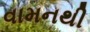
વામનથી